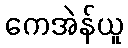
ကေအဲန်ယူ